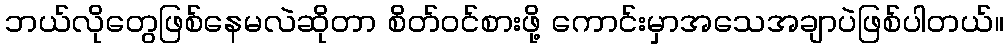
ဘယ်လိုတွေဖြစ်နေမလဲဆိုတာ စိတ်ဝင်စားဖို့ ကောင်းမှာအသေအချာပဲဖြစ်ပါတယ်။